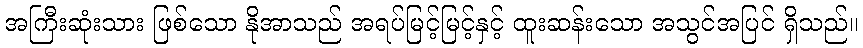
အကြီးဆုံးသား ဖြစ်သော နိုအာသည် အရပ်မြင့်မြင့်နှင့် ထူးဆန်းသော အသွင်အပြင် ရှိသည်။